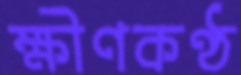
ক্ষীণকণ্ঠ